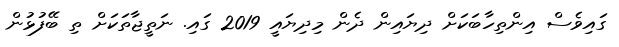
ގައިވެސް އިންތިހާބަކަށް ދިޔައިން ދެން މިދިޔައީ 2019 ގައި. ނަތީޖާތަކަށް ތި ބޭފުޅުން